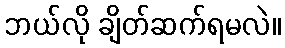
ဘယ်လို ချိတ်ဆက်ရမလဲ။